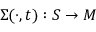
\Sigma ( \cdot , t ) : S \to M